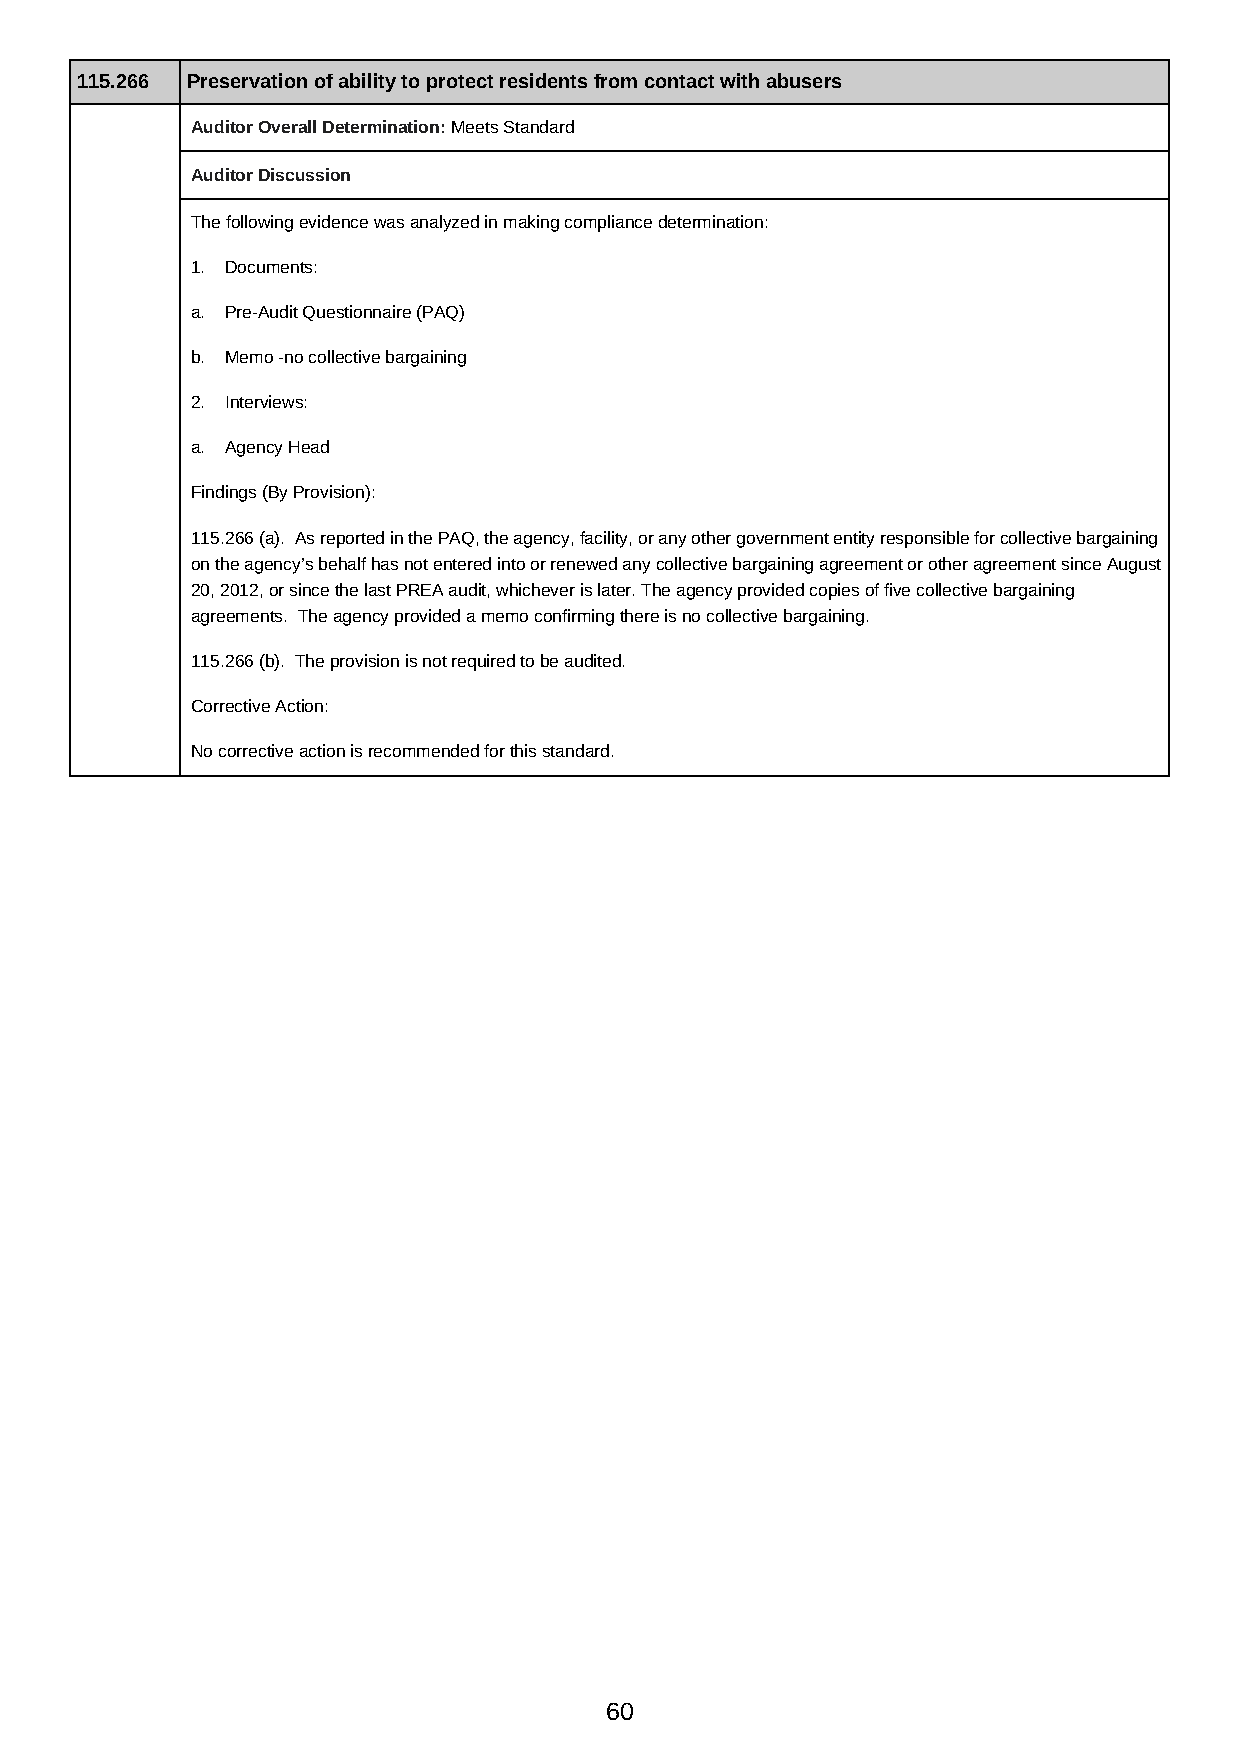
115.266 Preservation of ability to protect residents from contact with abusers
 Auditor Overall Determination: Meets Standard
 Auditor Discussion
 The following evidence was analyzed in making compliance determination:
 1. Documents:
 a. Pre-Audit Questionnaire (PAQ)
 b. Memo -no collective bargaining
 2. Interviews:
 a. Agency Head
 Findings (By Provision):
 115.266 (a). As reported in the PAQ, the agency, facility, or any other government entity responsible for collective bargaining
 on the agency’s behalf has not entered into or renewed any collective bargaining agreement or other agreement since August
 20, 2012, or since the last PREA audit, whichever is later. The agency provided copies of five collective bargaining
 agreements. The agency provided a memo confirming there is no collective bargaining.
 115.266 (b). The provision is not required to be audited.
 Corrective Action:
 No corrective action is recommended for this standard.
 60